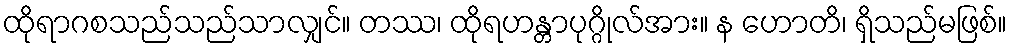
ထိုရာဂစသည်သည်သာလျှင်။ တဿ၊ ထိုရဟန္တာပုဂ္ဂိုလ်အား။ န ဟောတိ၊ ရှိသည်မဖြစ်။